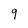
Character: 9